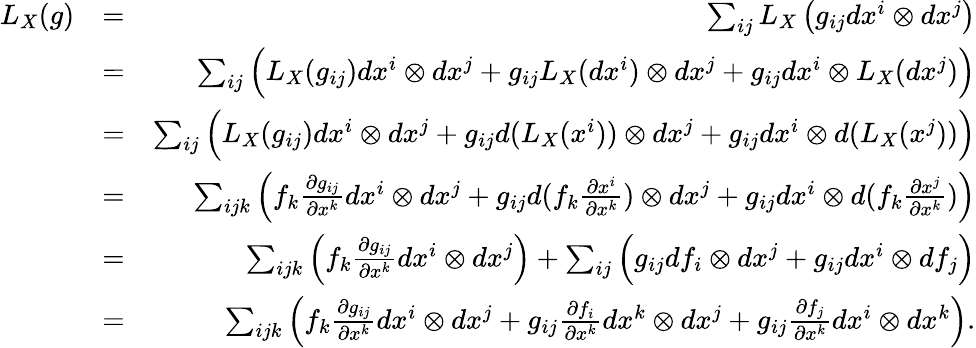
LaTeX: \begin{array}{rlr}{L_{X}(g)}&{=}&{\sum_{ij}L_{X}\left(g_{ij}dx^{i}\otimes dx^{j}\right)}\\ &{=}&{\sum_{ij}\Big(L_{X}(g_{ij})dx^{i}\otimes dx^{j}+g_{ij}L_{X}(dx^{i})\otimes dx^{j}+g_{ij}dx^{i}\otimes L_{X}(dx^{j})\Big)}\\ &{=}&{\sum_{ij}\Big(L_{X}(g_{ij})dx^{i}\otimes dx^{j}+g_{ij}d(L_{X}(x^{i}))\otimes dx^{j}+g_{ij}dx^{i}\otimes d(L_{X}(x^{j}))\Big)}\\ &{=}&{\sum_{ijk}\Big(f_{k}\frac{\partial g_{ij}}{\partial x^{k}}dx^{i}\otimes dx^{j}+g_{ij}d(f_{k}\frac{\partial x^{i}}{\partial x^{k}})\otimes dx^{j}+g_{ij}dx^{i}\otimes d(f_{k}\frac{\partial x^{j}}{\partial x^{k}})\Big)}\\ &{=}&{\sum_{ijk}\Big(f_{k}\frac{\partial g_{ij}}{\partial x^{k}}dx^{i}\otimes dx^{j}\Big)+\sum_{ij}\Big(g_{ij}df_{i}\otimes dx^{j}+g_{ij}dx^{i}\otimes df_{j}\Big)}\\ &{=}&{\sum_{ijk}\Big(f_{k}\frac{\partial g_{ij}}{\partial x^{k}}dx^{i}\otimes dx^{j}+g_{ij}\frac{\partial f_{i}}{\partial x^{k}}dx^{k}\otimes dx^{j}+g_{ij}\frac{\partial f_{j}}{\partial x^{k}}dx^{i}\otimes dx^{k}\Big).}\end{array}